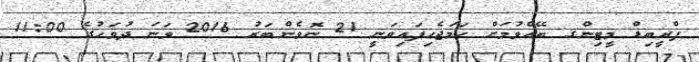
ޕްރީބިޑް މީޓިންގ ބޭއްވުމަށް ހަމަޖެހިފައިވަނީ 21 ނޮވެންބަރު 2016 ވަނަ ދުވަހުގެ 11:00